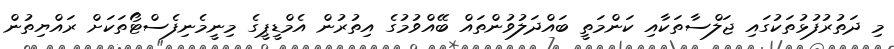
މި ދަތުރުފުޅުތަކުގައި ޖަލްސާތަކާއި ކަންމަތީ ބައްދަލުވުންތައް ބޭއްވުމުގެ އިތުރުން އެމްޑީޕީގެ މިނީމެނިފެސްޓޯތަކަށް ރައްޔިތުން